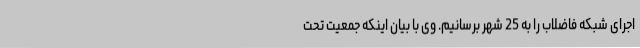
اجرای شبکه فاضلاب را به 25 شهر برسانیم. وی با بیان اینکه جمعیت تحت